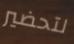
لتحضير